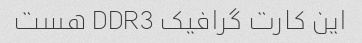
این کارت گرافیک DDR3 هست